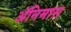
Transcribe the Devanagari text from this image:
ॲनिमास